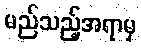
မည်သည့်အရာမှ